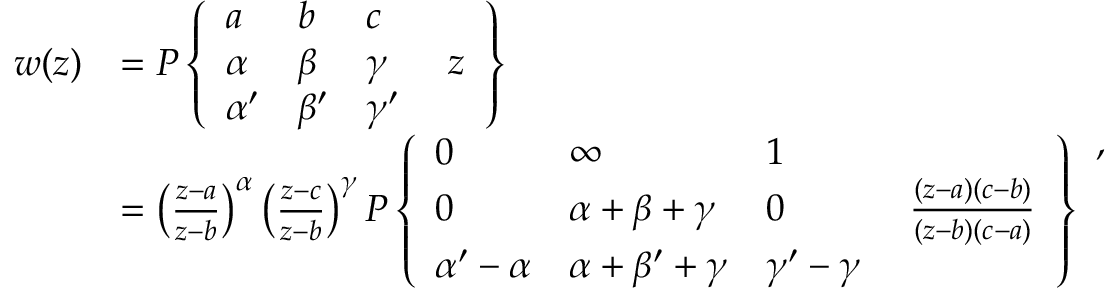
{ \begin{array} { r l } { w ( z ) } & { = P \left\{ { \begin{array} { l l l l } { a } & { b } & { c } & \\ { \alpha } & { \beta } & { \gamma } & { \; z } \\ { \alpha ^ { \prime } } & { \beta ^ { \prime } } & { \gamma ^ { \prime } } & \end{array} } \right\} } \\ & { = \left( { \frac { z - a } { z - b } } \right) ^ { \alpha } \left( { \frac { z - c } { z - b } } \right) ^ { \gamma } P \left\{ { \begin{array} { l l l l } { 0 } & { \infty } & { 1 } & \\ { 0 } & { \alpha + \beta + \gamma } & { 0 } & { \; { \frac { ( z - a ) ( c - b ) } { ( z - b ) ( c - a ) } } } \\ { \alpha ^ { \prime } - \alpha } & { \alpha + \beta ^ { \prime } + \gamma } & { \gamma ^ { \prime } - \gamma } & \end{array} } \right\} } \end{array} } ,